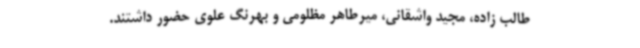
طالب زاده، مجید واشقانی، میرطاهر مظلومی و بهرنگ علوی حضور داشتند.